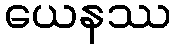
ယေနဿ